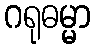
ဂရုဓမ္မာ